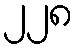
၂၂၈